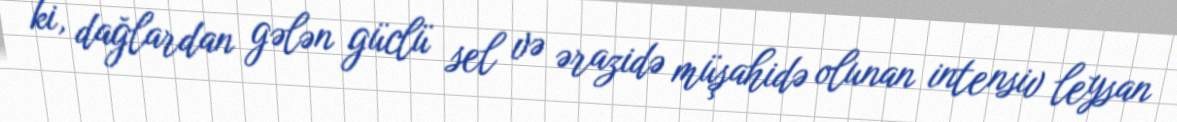
ki, dağlardan gələn güclü sel və ərazidə müşahidə olunan intensiv leysan